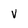
Character: V